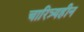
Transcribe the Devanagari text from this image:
चारित्र्यहीन